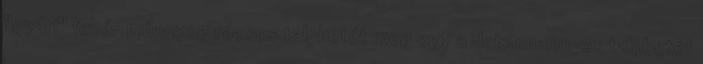
"gyári" fehér,műanyag rácsos talpbetét meg egy a deichmann-os talpbetét